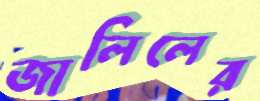
জালিলের